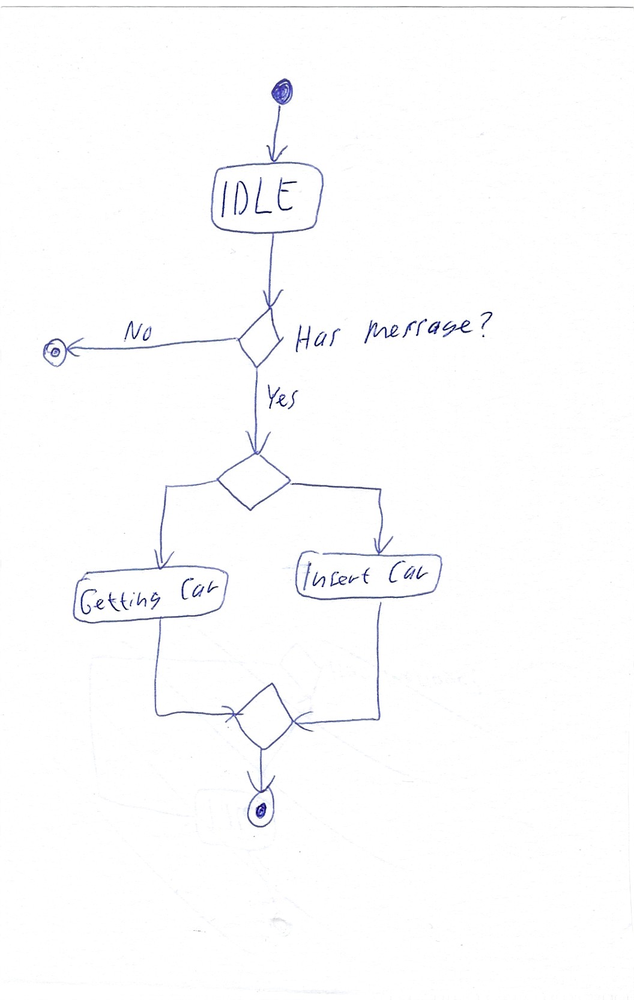
Diagram type: activity_diagram
```plantuml
@startuml

start

:IDLE;

if (Has message?) then (No)
  stop
else (Yes)
  if ()
    :Getting Car;
  else
    :Insert Car;
  endif
endif

stop

@enduml
```